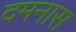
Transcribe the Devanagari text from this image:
दमनास